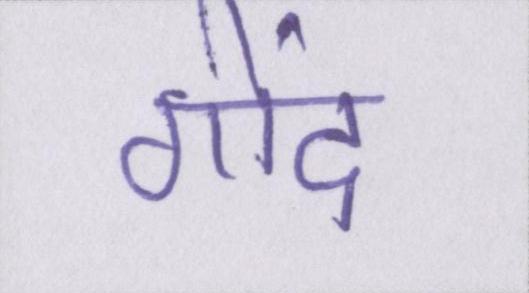
गोंद